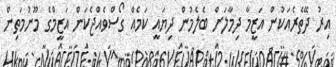
އިރު ދޭތެރެއަކުން އަޒީމާ ދިމާލަށް ބެލެމުން ދިޔައީ ކަމެއް ގޯސްވެއްޖެކަން އަޒީމްގެ މޫނުމަތިން